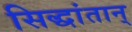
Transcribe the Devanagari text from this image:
सिद्धांतान्